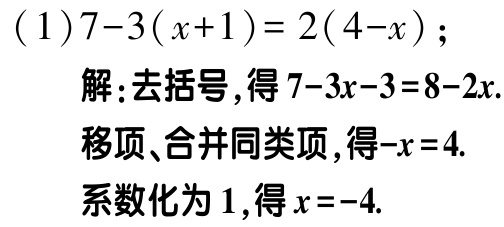
\((1)7 - 3(x + 1)=2(4 - x)\);

解:去括号,得\(7 - 3x - 3 = 8 - 2x\).

移项、合并同类项,得\(-x = 4\).

系数化为\(1\),得\(x = -4\).